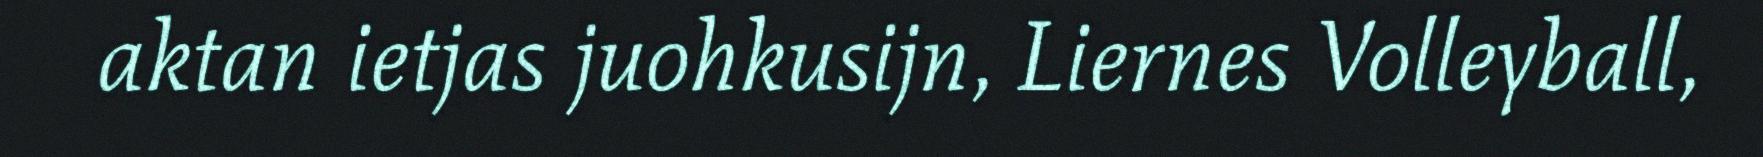
aktan ietjas juohkusijn, Liernes Volleyball,